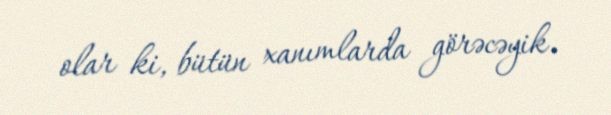
olar ki, bütün xanımlarda görəcəyik.